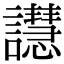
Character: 譿